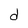
Character: d